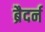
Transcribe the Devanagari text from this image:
ब्रैदर्न